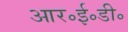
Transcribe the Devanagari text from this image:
आर॰ई॰डी॰